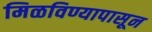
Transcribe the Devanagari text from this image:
मिळविण्यापासून